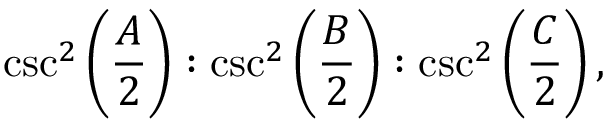
\csc ^ { 2 } \left( { \frac { A } { 2 } } \right) : \csc ^ { 2 } \left( { \frac { B } { 2 } } \right) : \csc ^ { 2 } \left( { \frac { C } { 2 } } \right) ,